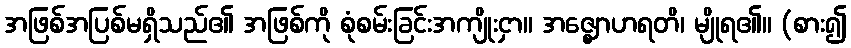
အဖြစ်အပြစ်မရှိသည်၏ အဖြစ်ကို စုံစမ်းခြင်းအကျိုးငှာ။ အဇ္ဈောဟရတိ၊ မျိုရ၏။ (စား၍